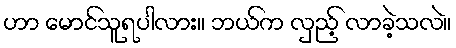
ဟာ မောင်သူရပါလား။ ဘယ်က လှည့် လာခဲ့သလဲ။